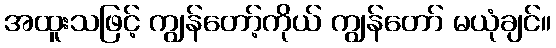
အထူးသဖြင့် ကျွန်တော့်ကိုယ် ကျွန်တော် မယုံချင်။